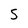
Character: 5